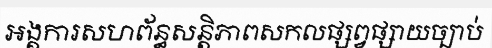
អង្គការសហព័ន្ធសន្តិភាពសកលផ្សព្វផ្សាយច្បាប់